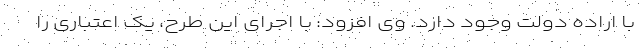
با اراده دولت وجود دارد. وی افزود: با اجرای این طرح، یک اعتباری را